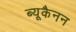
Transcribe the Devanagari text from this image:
ब्यूकैनन